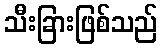
သီးခြားဖြစ်သည်